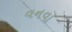
વનવા